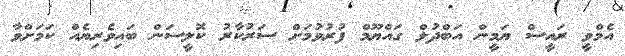
އެމްވީ ރައީސް ޔަމީން އަބްދުލް ގައްޔޫމް ފުރުވުމަށް ސަރުކާރު ކޮލީސަން ބައިވެރިޔެއް ކަމަށްވާ